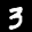
Label: 3